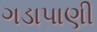
ગડાપાણી